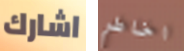
اشارك اخاطر